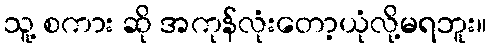
သူ့ စကား ဆို အကုန်လုံးတော့ယုံလို့မရဘူး။